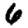
Digit: 6